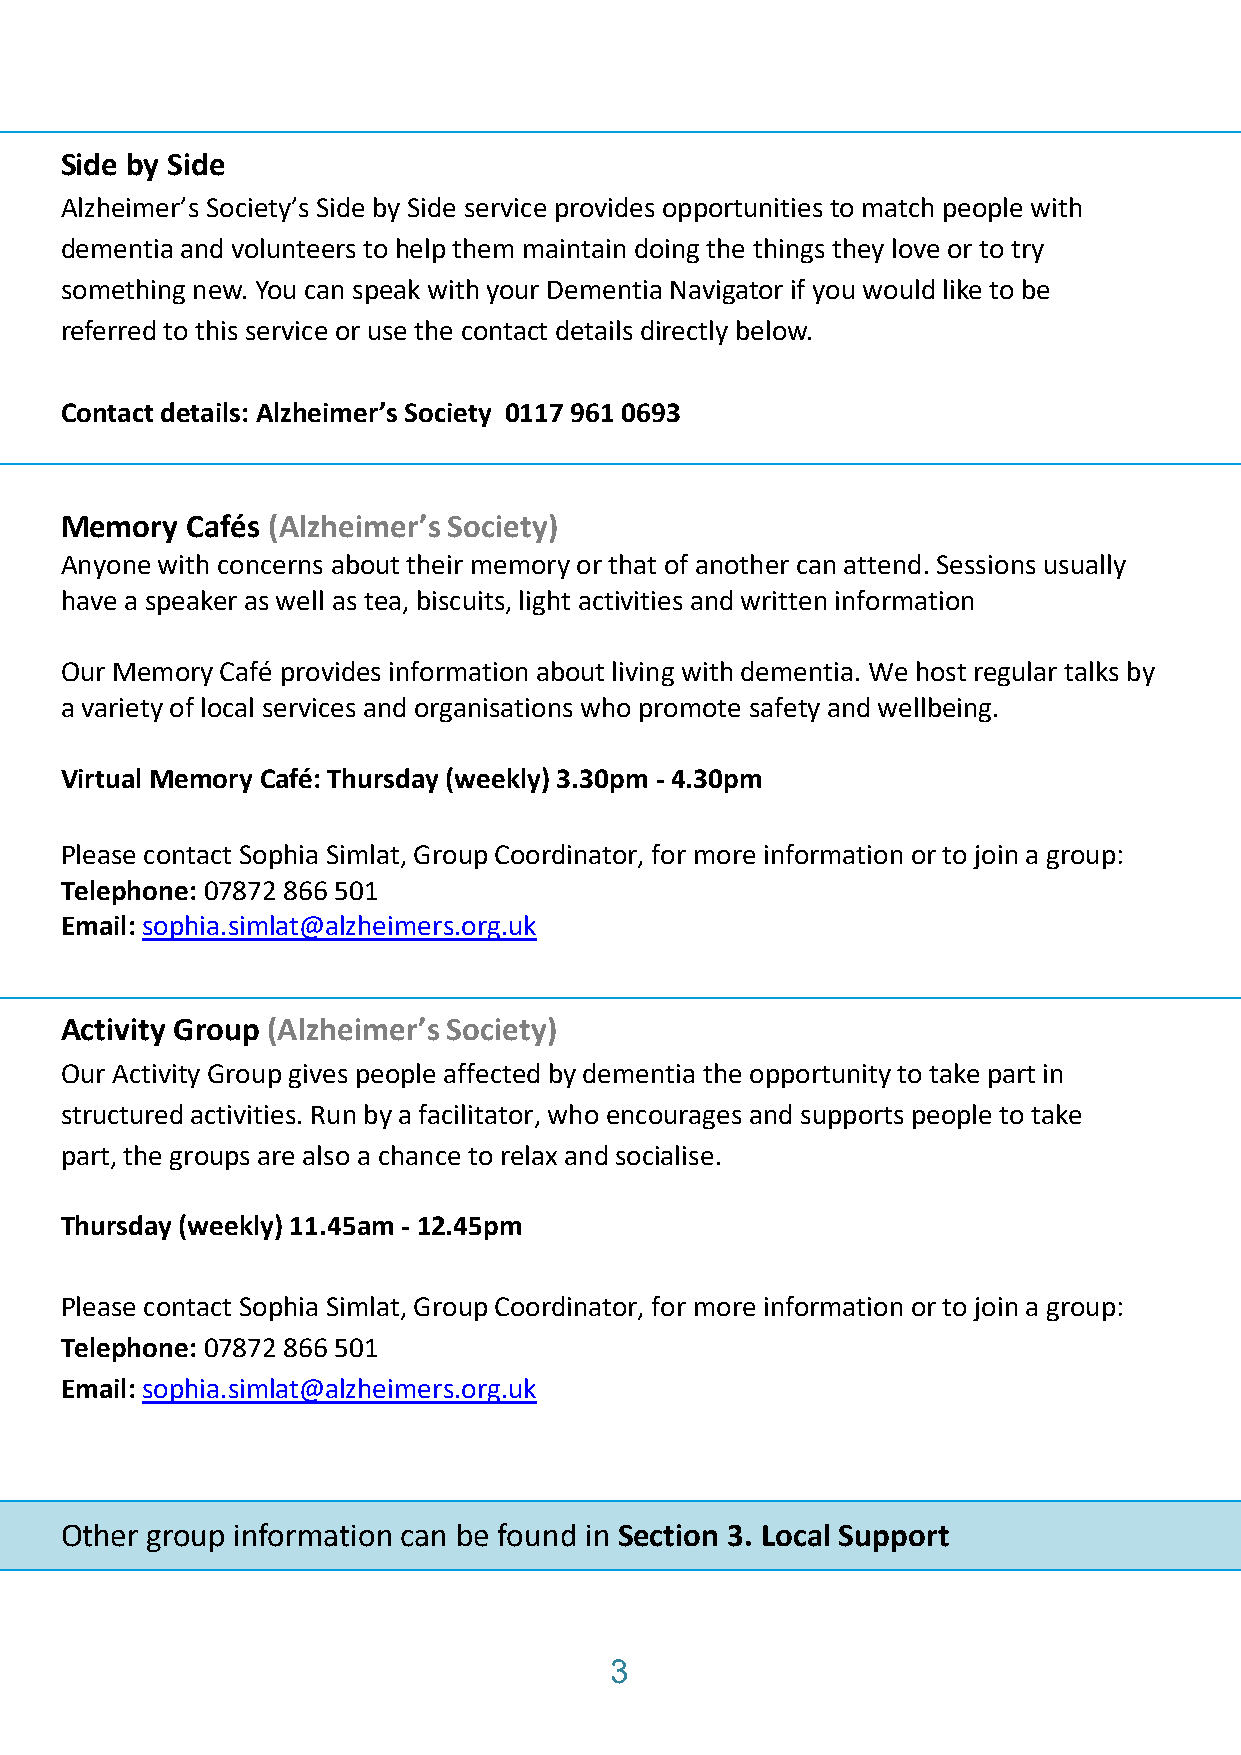
Side by Side
 Alzheimer’s Society’s Side by Side service provides opportunities to match people with
 dementia and volunteers to help them maintain doing the things they love or to try
 something new. You can speak with your Dementia Navigator if you would like to be
 referred to this service or use the contact details directly below.
 Contact details: Alzheimer’s Society 0117 961 0693
 Memory  Cafés (Alzheimer’s Society)
 Anyone with concerns about their memory or that of another can attend. Sessions usually
 have a speaker as well as tea, biscuits, light activities and written information
 Our Memory Café provides information about living with dementia. We host regular talks by
 a variety of local services and organisations who promote safety and wellbeing.
 Virtual Memory Café: Thursday (weekly) 3.30pm - 4.30pm
 Please contact Sophia Simlat, Group Coordinator, for more information or to join a group:
 Telephone: 07872 866 501
 Email: sophia.simlat@alzheimers.org.uk
 Activity Group (Alzheimer’s Society)
 Our Activity Group gives people affected by dementia the opportunity to take part in
 structured activities. Run by a facilitator, who encourages and supports people to take
 part, the groups are also a chance to relax and socialise.
 Thursday (weekly) 11.45am - 12.45pm
 Please contact Sophia Simlat, Group Coordinator, for more information or to join a group:
 Telephone: 07872 866 501
 Email: sophia.simlat@alzheimers.org.uk
 Other group information can be found in Section 3. Local Support
 3